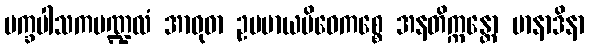
ပက္ခပါသကမဏ္ဍလံ အာဝုဓာ ဥပမာယမိဓေကစ္စေ အနတိက္ကန္တော မာနာဒိနာ